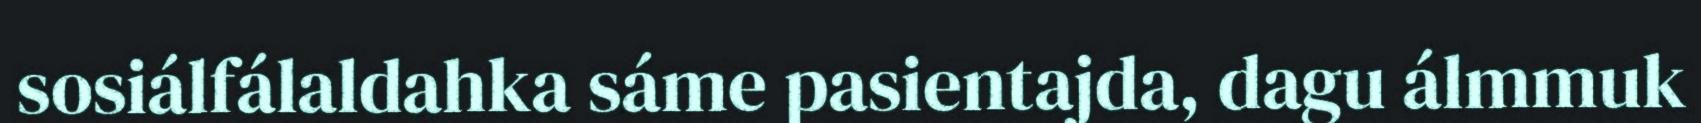
sosiálfálaldahka sáme pasientajda, dagu álmmuk